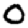
Digit: 0